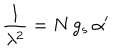
LaTeX: \frac { 1 } { \lambda ^ { 2 } } = N \, g _ { s } \, \alpha ^ { \prime }